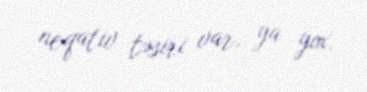
neqativ təsiri var, ya yox.